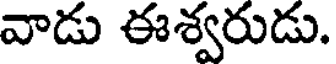
వాడు ఈశ్వరుడు.